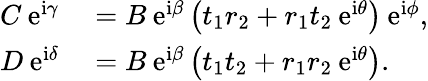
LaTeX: \begin{array}{rl}{C\: \mathrm{e}^{\mathrm{i}\gamma}}&{{}=B\: \mathrm{e}^{\mathrm{i}\beta}\left(t_{1}r_{2}+r_{1}t_{2}\: \mathrm{e}^{\mathrm{i}\theta}\right)\: \mathrm{e}^{\mathrm{i}\phi},}\\ {D\: \mathrm{e}^{\mathrm{i}\delta}}&{{}=B\: \mathrm{e}^{\mathrm{i}\beta}\left(t_{1}t_{2}+r_{1}r_{2}\: \mathrm{e}^{\mathrm{i}\theta}\right).}\end{array}